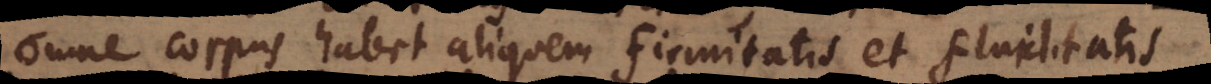
e corpus habet aliquem firmitatis et fluiditatis